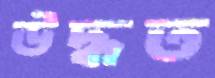
উদ্ধত